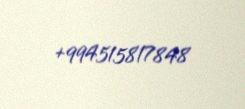
+994515817848